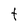
Character: t